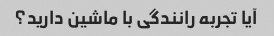
آیا تجربه رانندگی با ماشین دارید؟